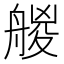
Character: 艐